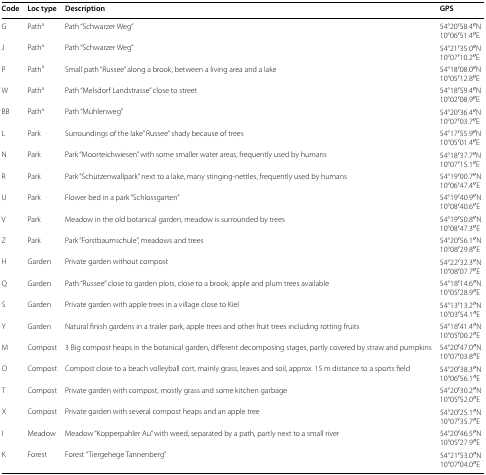
<table><thead><tr><td><b>Code</b></td><td><b>Loc type</b></td><td><b>Description</b></td><td><b>GPS</b></td></tr></thead><tbody><tr><td>G</td><td>Path<sup>a</sup></td><td>Path “Schwarzer Weg”</td><td>54°20′58.4′′N10°06′51.4′′E</td></tr><tr><td>J</td><td>Path<sup>a</sup></td><td>Path “Schwarzer Weg”</td><td>54°21′35.0′′N10°07′10.2′′E</td></tr><tr><td>P</td><td>Path<sup>a</sup></td><td>Small path “Russee” along a brook, between a living area and a lake</td><td>54°18′08.0′′N10°05′12.8′′E</td></tr><tr><td>W</td><td>Path<sup>a</sup></td><td>Path “Melsdorf Landstrasse” close to street</td><td>54°18′59.4′′N10°02′08.9′′E</td></tr><tr><td>BB</td><td>Path<sup>a</sup></td><td>Path “Mühlenweg”</td><td>54°20′36.4′′N10°07′03.7′′E</td></tr><tr><td>L</td><td>Park</td><td>Surroundings of the lake” Russee” shady because of trees</td><td>54°17′55.9′′N10°05′01.4′′E</td></tr><tr><td>N</td><td>Park</td><td>Park “Moorteichwiesen” with some smaller water areas, frequently used by humans</td><td>54°18′37.7′′N10°07′15.1′′E</td></tr><tr><td>R</td><td>Park</td><td>Park “Schützenwallpark” next to a lake, many stinging-nettles, frequently used by humans</td><td>54°19′00.7′′N10°06′47.4′′E</td></tr><tr><td>U</td><td>Park</td><td>Flower bed in a park “Schlossgarten”</td><td>54°19′40.9′′N10°08′40.6′′E</td></tr><tr><td>V</td><td>Park</td><td>Meadow in the old botanical garden, meadow is surrounded by trees</td><td>54°19′50.8′′N10°08′47.3′′E</td></tr><tr><td>Z</td><td>Park</td><td>Park “Forstbaumschule”, meadows and trees</td><td>54°20′56.1′′N10°08′29.8′′E</td></tr><tr><td>H</td><td>Garden</td><td>Private garden without compost</td><td>54°22′32.3′′N10°08′07.7′′E</td></tr><tr><td>Q</td><td>Garden</td><td>Path “Russee” close to garden plots, close to a brook, apple and plum trees available</td><td>54°18′14.6′′N10°05′28.9′′E</td></tr><tr><td>S</td><td>Garden</td><td>Private garden with apple trees in a village close to Kiel</td><td>54°13′13.2′′N10°03′54.1′′E</td></tr><tr><td>Y</td><td>Garden</td><td>Natural finish gardens in a trailer park, apple trees and other fruit trees including rotting fruits</td><td>54°18′41.4′′N10°05′00.2′′E</td></tr><tr><td>M</td><td>Compost</td><td>3 Big compost heaps in the botanical garden, different decomposing stages, partly covered by straw and pumpkins</td><td>54°20′47.0′′N10°07′03.8′′E</td></tr><tr><td>O</td><td>Compost</td><td>Compost close to a beach volleyball cort, mainly grass, leaves and soil, approx. 15 m distance to a sports field</td><td>54°20′38.3′′N10°06′56.1′′E</td></tr><tr><td>T</td><td>Compost</td><td>Private garden with compost, mostly grass and some kitchen garbage</td><td>54°20′30.2′′N10°05′52.0′′E</td></tr><tr><td>X</td><td>Compost</td><td>Private garden with several compost heaps and an apple tree</td><td>54°20′25.1′′N10°07′35.7′′E</td></tr><tr><td>I</td><td>Meadow</td><td>Meadow “Kopperpahler Au” with weed, separated by a path, partly next to a small river</td><td>54°20′46.5′′N10°05′27.9′′E</td></tr><tr><td>K</td><td>Forest</td><td>Forest “Tiergehege Tannenberg”</td><td>54°21′53.0′′N10°07′04.0′′E</td></tr></tbody></table>